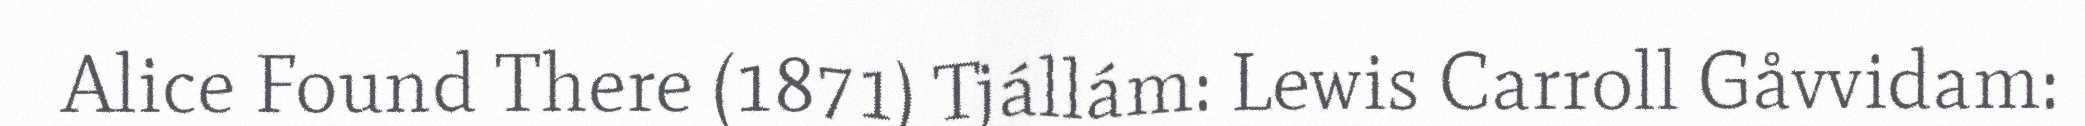
Alice Found There (1871) Tjállám: Lewis Carroll Gåvvidam: